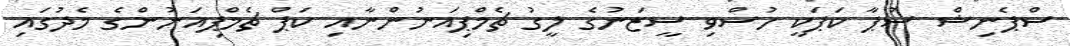
ސްޕެނިޝް ސުޕާ ކަޕަކީ ހުސްވި ސީޒަނުގެ ލީގު ޗެމްޕިއަނުންނާއި ކަޕް ޗެމްޕިއަނުންގެ މެދުގައި